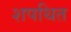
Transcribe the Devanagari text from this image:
शपथित